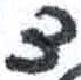
אות: צ